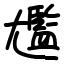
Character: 尷